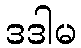
ဒဒါမ